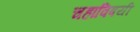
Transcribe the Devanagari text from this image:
चहाविषयी